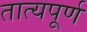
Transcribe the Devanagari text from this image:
तात्यपूर्ण